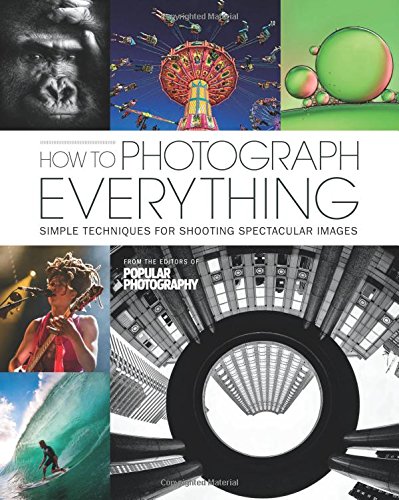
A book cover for How to Photograph Everything (Popular Photography): 500 Beautiful Photos and the Skills You Need to Take Them; The Editors of Popular Photography; Arts & Photography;